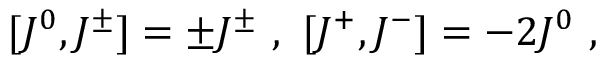
[ J ^ { 0 } , J ^ { \pm } ] = \pm J ^ { \pm } \ , \ [ J ^ { + } , J ^ { - } ] = - 2 J ^ { 0 } \ ,